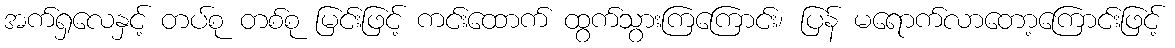
အက်ရှလေနှင့် တပ်စု တစ်စု မြင်းဖြင့် ကင်းထောက် ထွက်သွားကြကြောင်း၊ ပြန် မရောက်လာတော့ကြောင်းဖြင့်